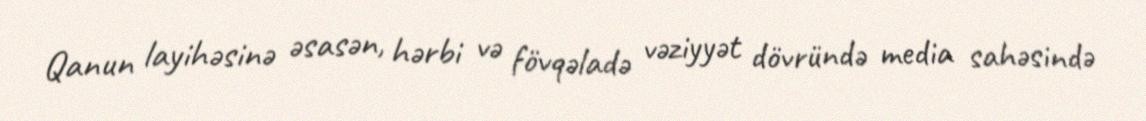
Qanun layihəsinə əsasən, hərbi və fövqəladə vəziyyət dövründə media sahəsində